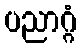
ပညာဂ္ဂံ